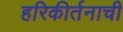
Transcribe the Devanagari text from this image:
हरिकीर्तनाची